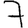
Digit: 7